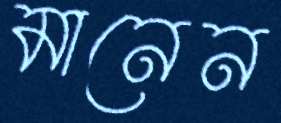
মানেন